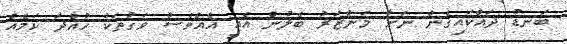
ބަނޑު ދައްކައިގެން ނަށާ މަންޒަރު ބެލުން އެއީ އެއްވެސް ވަގުތަކު ހުއްދަ ކަމެއް